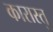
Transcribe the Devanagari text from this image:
कारास्तु